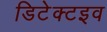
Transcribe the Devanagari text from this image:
डिटेक्टइव